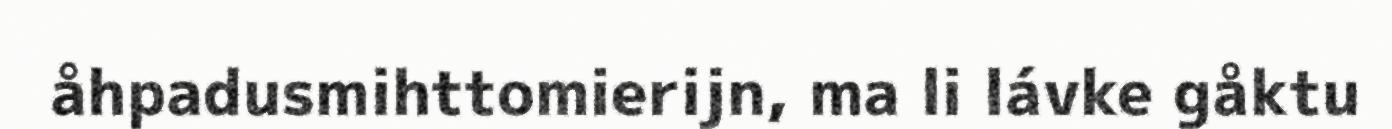
åhpadusmihttomierijn, ma li lávke gåktu